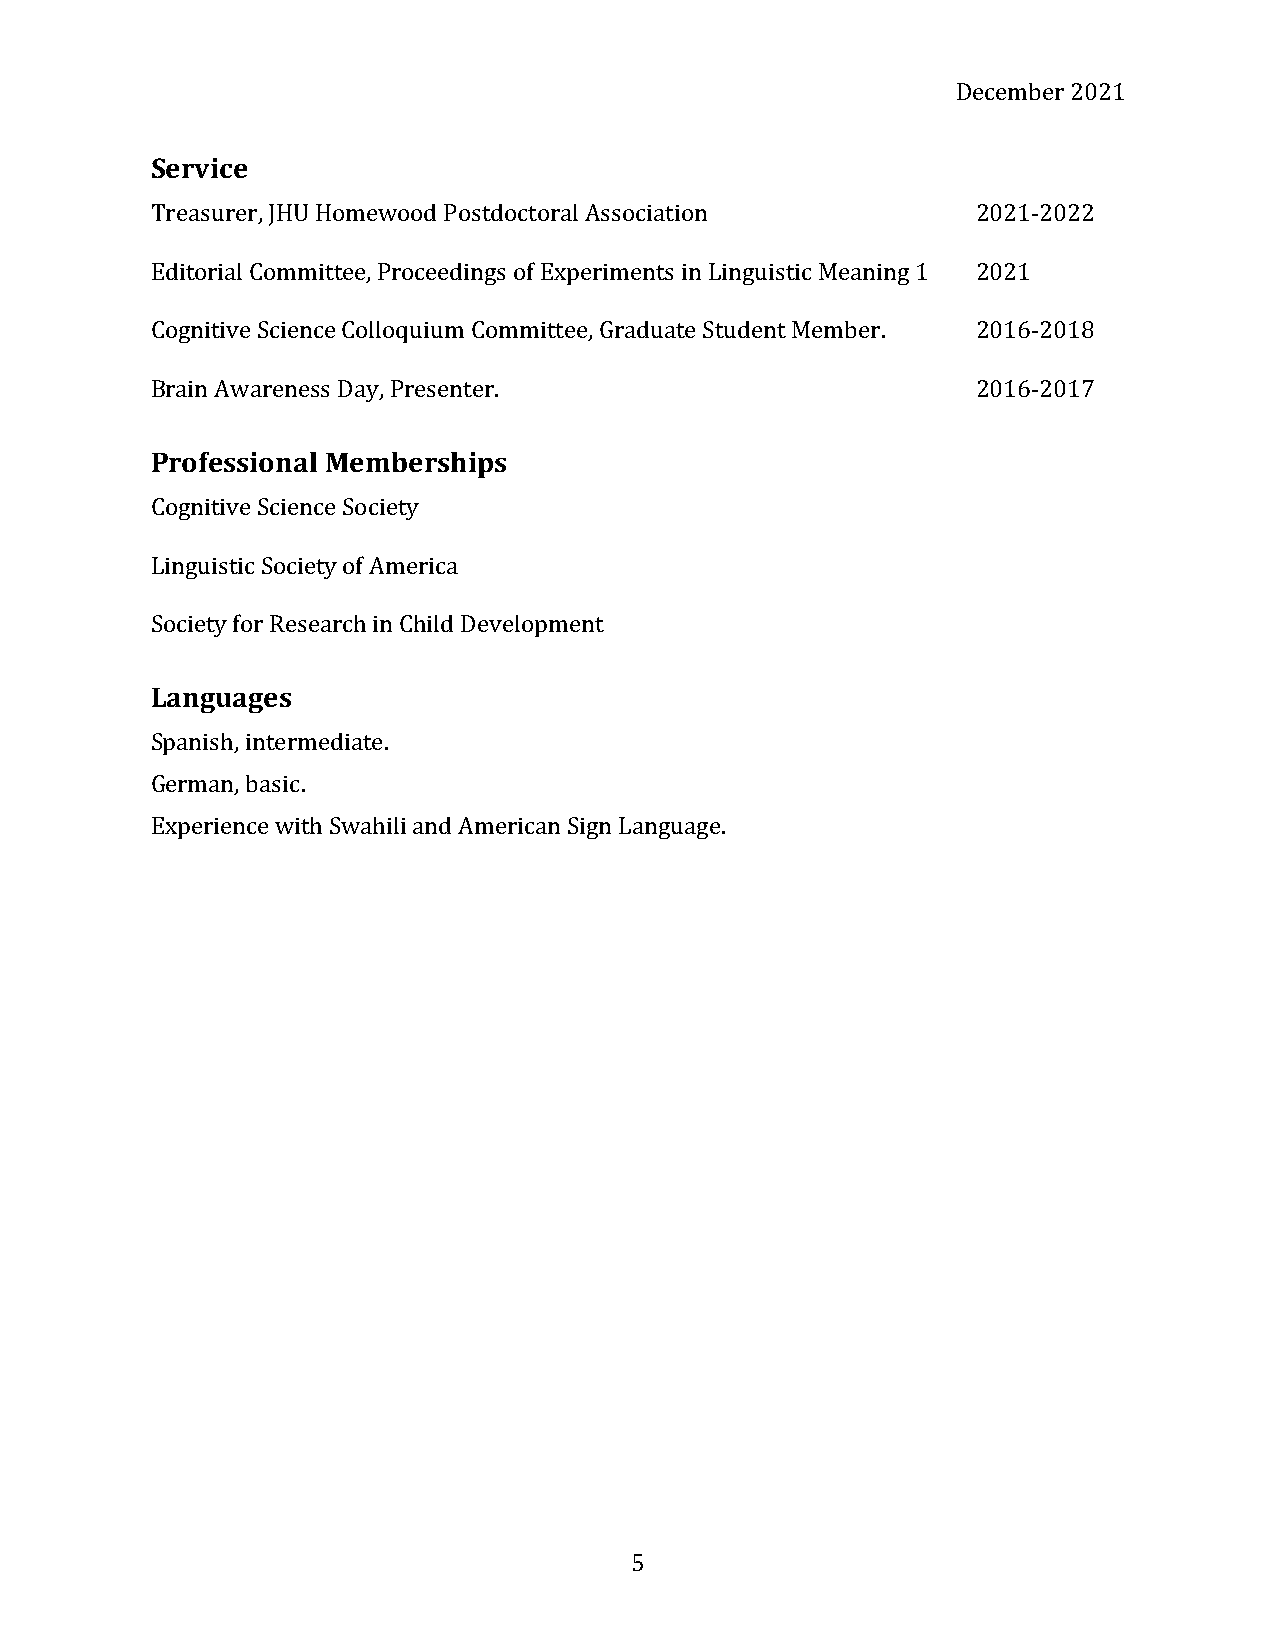
December 2021
 Service
 Treasurer, JHU Homewood Postdoctoral Association       2021-2022
 Editorial Committee, Proceedings of Experiments in Linguistic Meaning 1 2021
 Cognitive Science Colloquium Committee, Graduate Student Member. 2016-2018
 Brain Awareness Day, Presenter.                        2016-2017
 Professional Memberships
 Cognitive Science Society
 Linguistic Society of America
 Society for Research in Child Development
 Languages
 Spanish, intermediate.
 German, basic.
 Experience with Swahili and American Sign Language.
 5